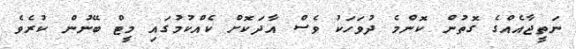
ނަތީޖާއެއްގެ ގޮތުން ކޮންމެ ދުވަހަކު ވެސް އާދަކޮށް ކެއްކުމުގައި މީޓް ބޭނުން ކުރެވެ